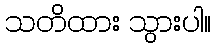
သတိထား သွားပါ။